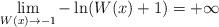
LaTeX: \begin{align*}\lim_{W(x) \rightarrow -1 } -\ln(W(x) + 1) = +\infty\end{align*}